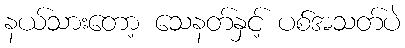
နယ်သားတော့ သေနတ်နှင့် ပစ်အသတ်ပဲ